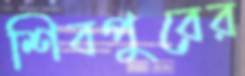
শিবপুরের